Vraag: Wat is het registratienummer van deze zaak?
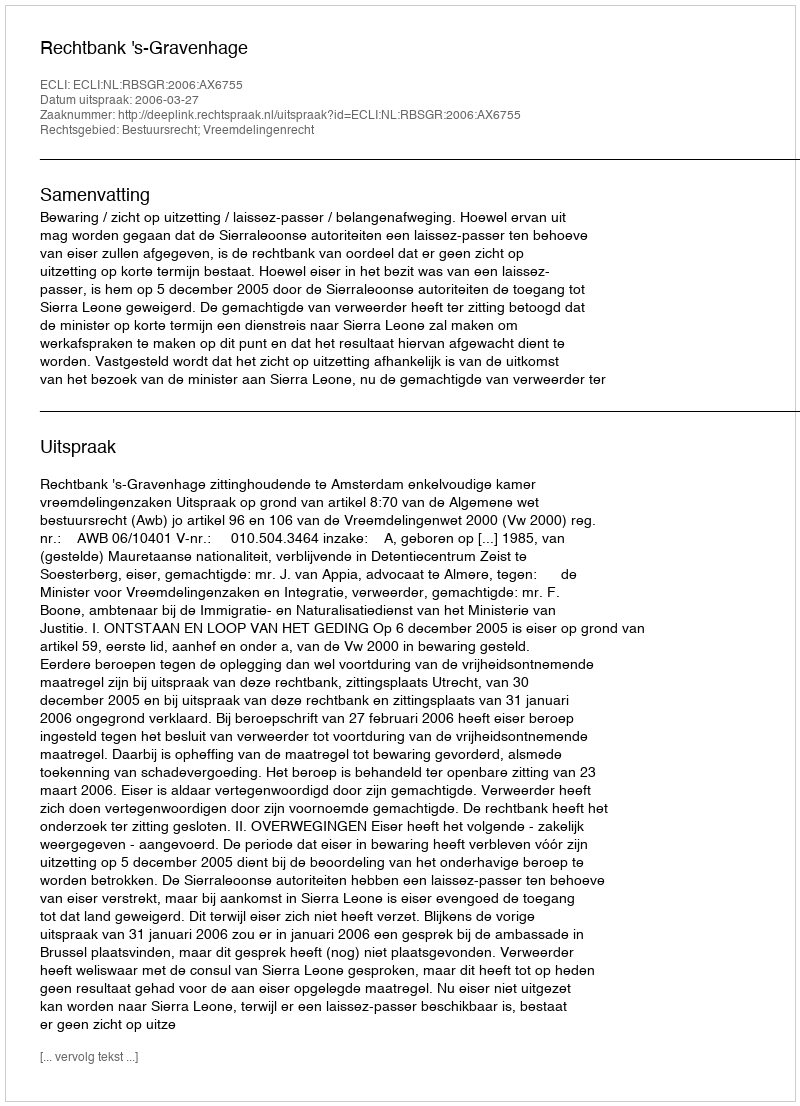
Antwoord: http://deeplink.rechtspraak.nl/uitspraak?id=ECLI:NL:RBSGR:2006:AX6755